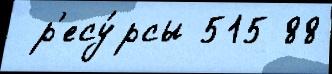
 р'есу́рсы 515 88